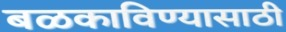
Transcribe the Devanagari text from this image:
बळकाविण्यासाठी